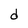
Character: d